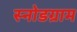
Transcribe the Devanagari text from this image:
स्नोडग्राम